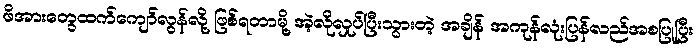
ဖိအားတွေထက်ကျော်လွန်လို့ ဖြစ်ရတာမို့ အဲ့လိုလှုပ်ပြီးသွားတဲ့ အချိန် အကုန်လုံးပြန်လည်အစပြုပြီး